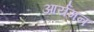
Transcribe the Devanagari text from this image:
आर्यमन